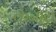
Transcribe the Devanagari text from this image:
केनारा